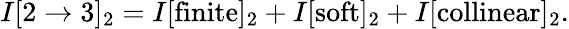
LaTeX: I[2\rightarrow 3]_{2}=I[\mathrm{{finite}}]_{2}+I[\mathrm{soft}]_{2}+I[\mathrm{collinear}]_{2}.